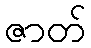
ဇာတ်